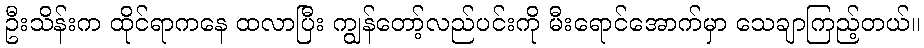
ဦးသိန်းက ထိုင်ရာကနေ ထလာပြီး ကျွန်တော့်လည်ပင်းကို မီးရောင်အောက်မှာ သေချာကြည့်တယ်။